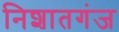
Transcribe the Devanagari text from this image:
निशातगंज